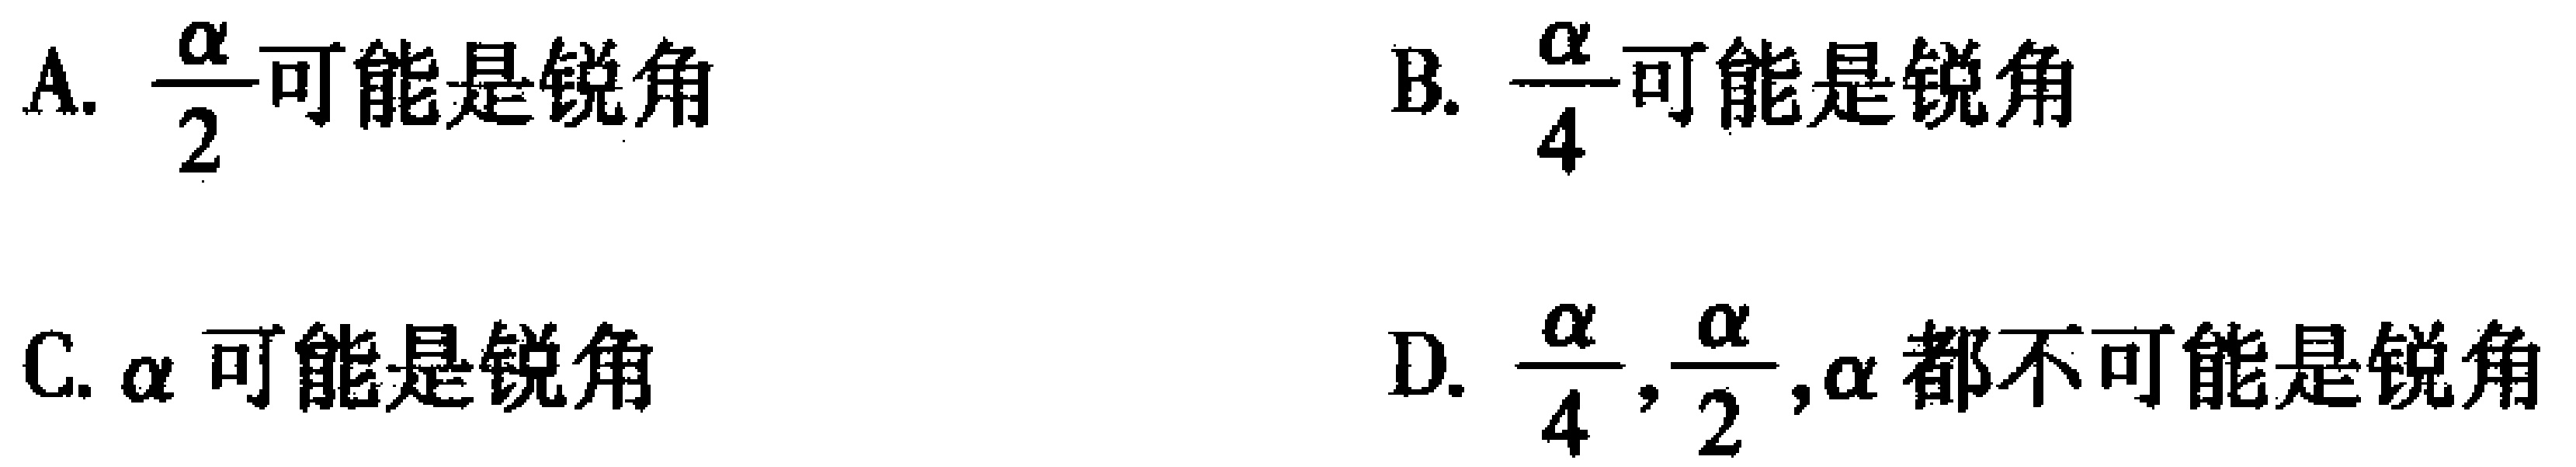
A. $\frac{\alpha}{2}$可能是锐角

B. $\frac{\alpha}{4}$可能是锐角

C. $\alpha$可能是锐角

D. $\frac{\alpha}{4},\frac{\alpha}{2},\alpha$都不可能是锐角